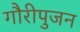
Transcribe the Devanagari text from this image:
गौरीपुजन